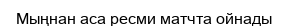
Мыңнан аса ресми матчта ойнады